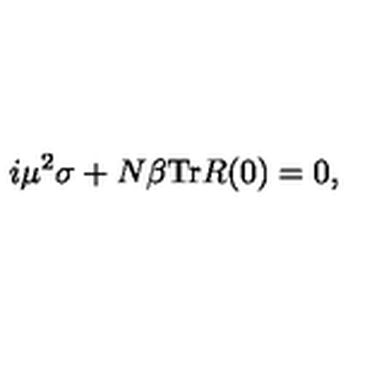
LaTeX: i \mu ^ { 2 } \sigma + N \beta \mathrm { T r } R ( 0 ) = 0 ,